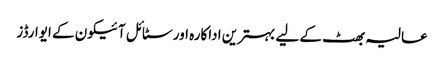
عالیہ بھٹ کے لیے بہترین اداکارہ اور سٹائل آئیکون کے ایوارڈز